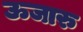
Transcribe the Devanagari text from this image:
ऊजारु